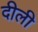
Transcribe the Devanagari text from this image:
दीली